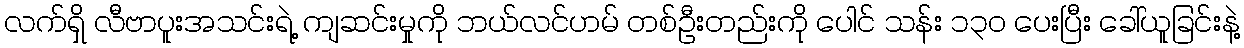
လက်ရှိ လီဗာပူးအသင်းရဲ့ ကျဆင်းမှုကို ဘယ်လင်ဟမ် တစ်ဦးတည်းကို ပေါင် သန်း ၁၃၀ ပေးပြီး ခေါ်ယူခြင်းနဲ့